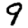
Digit: 9